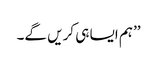
’’ہم ایسا ہی کریں گے۔